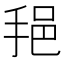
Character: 𫼷